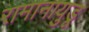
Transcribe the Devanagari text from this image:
रामानायुडू